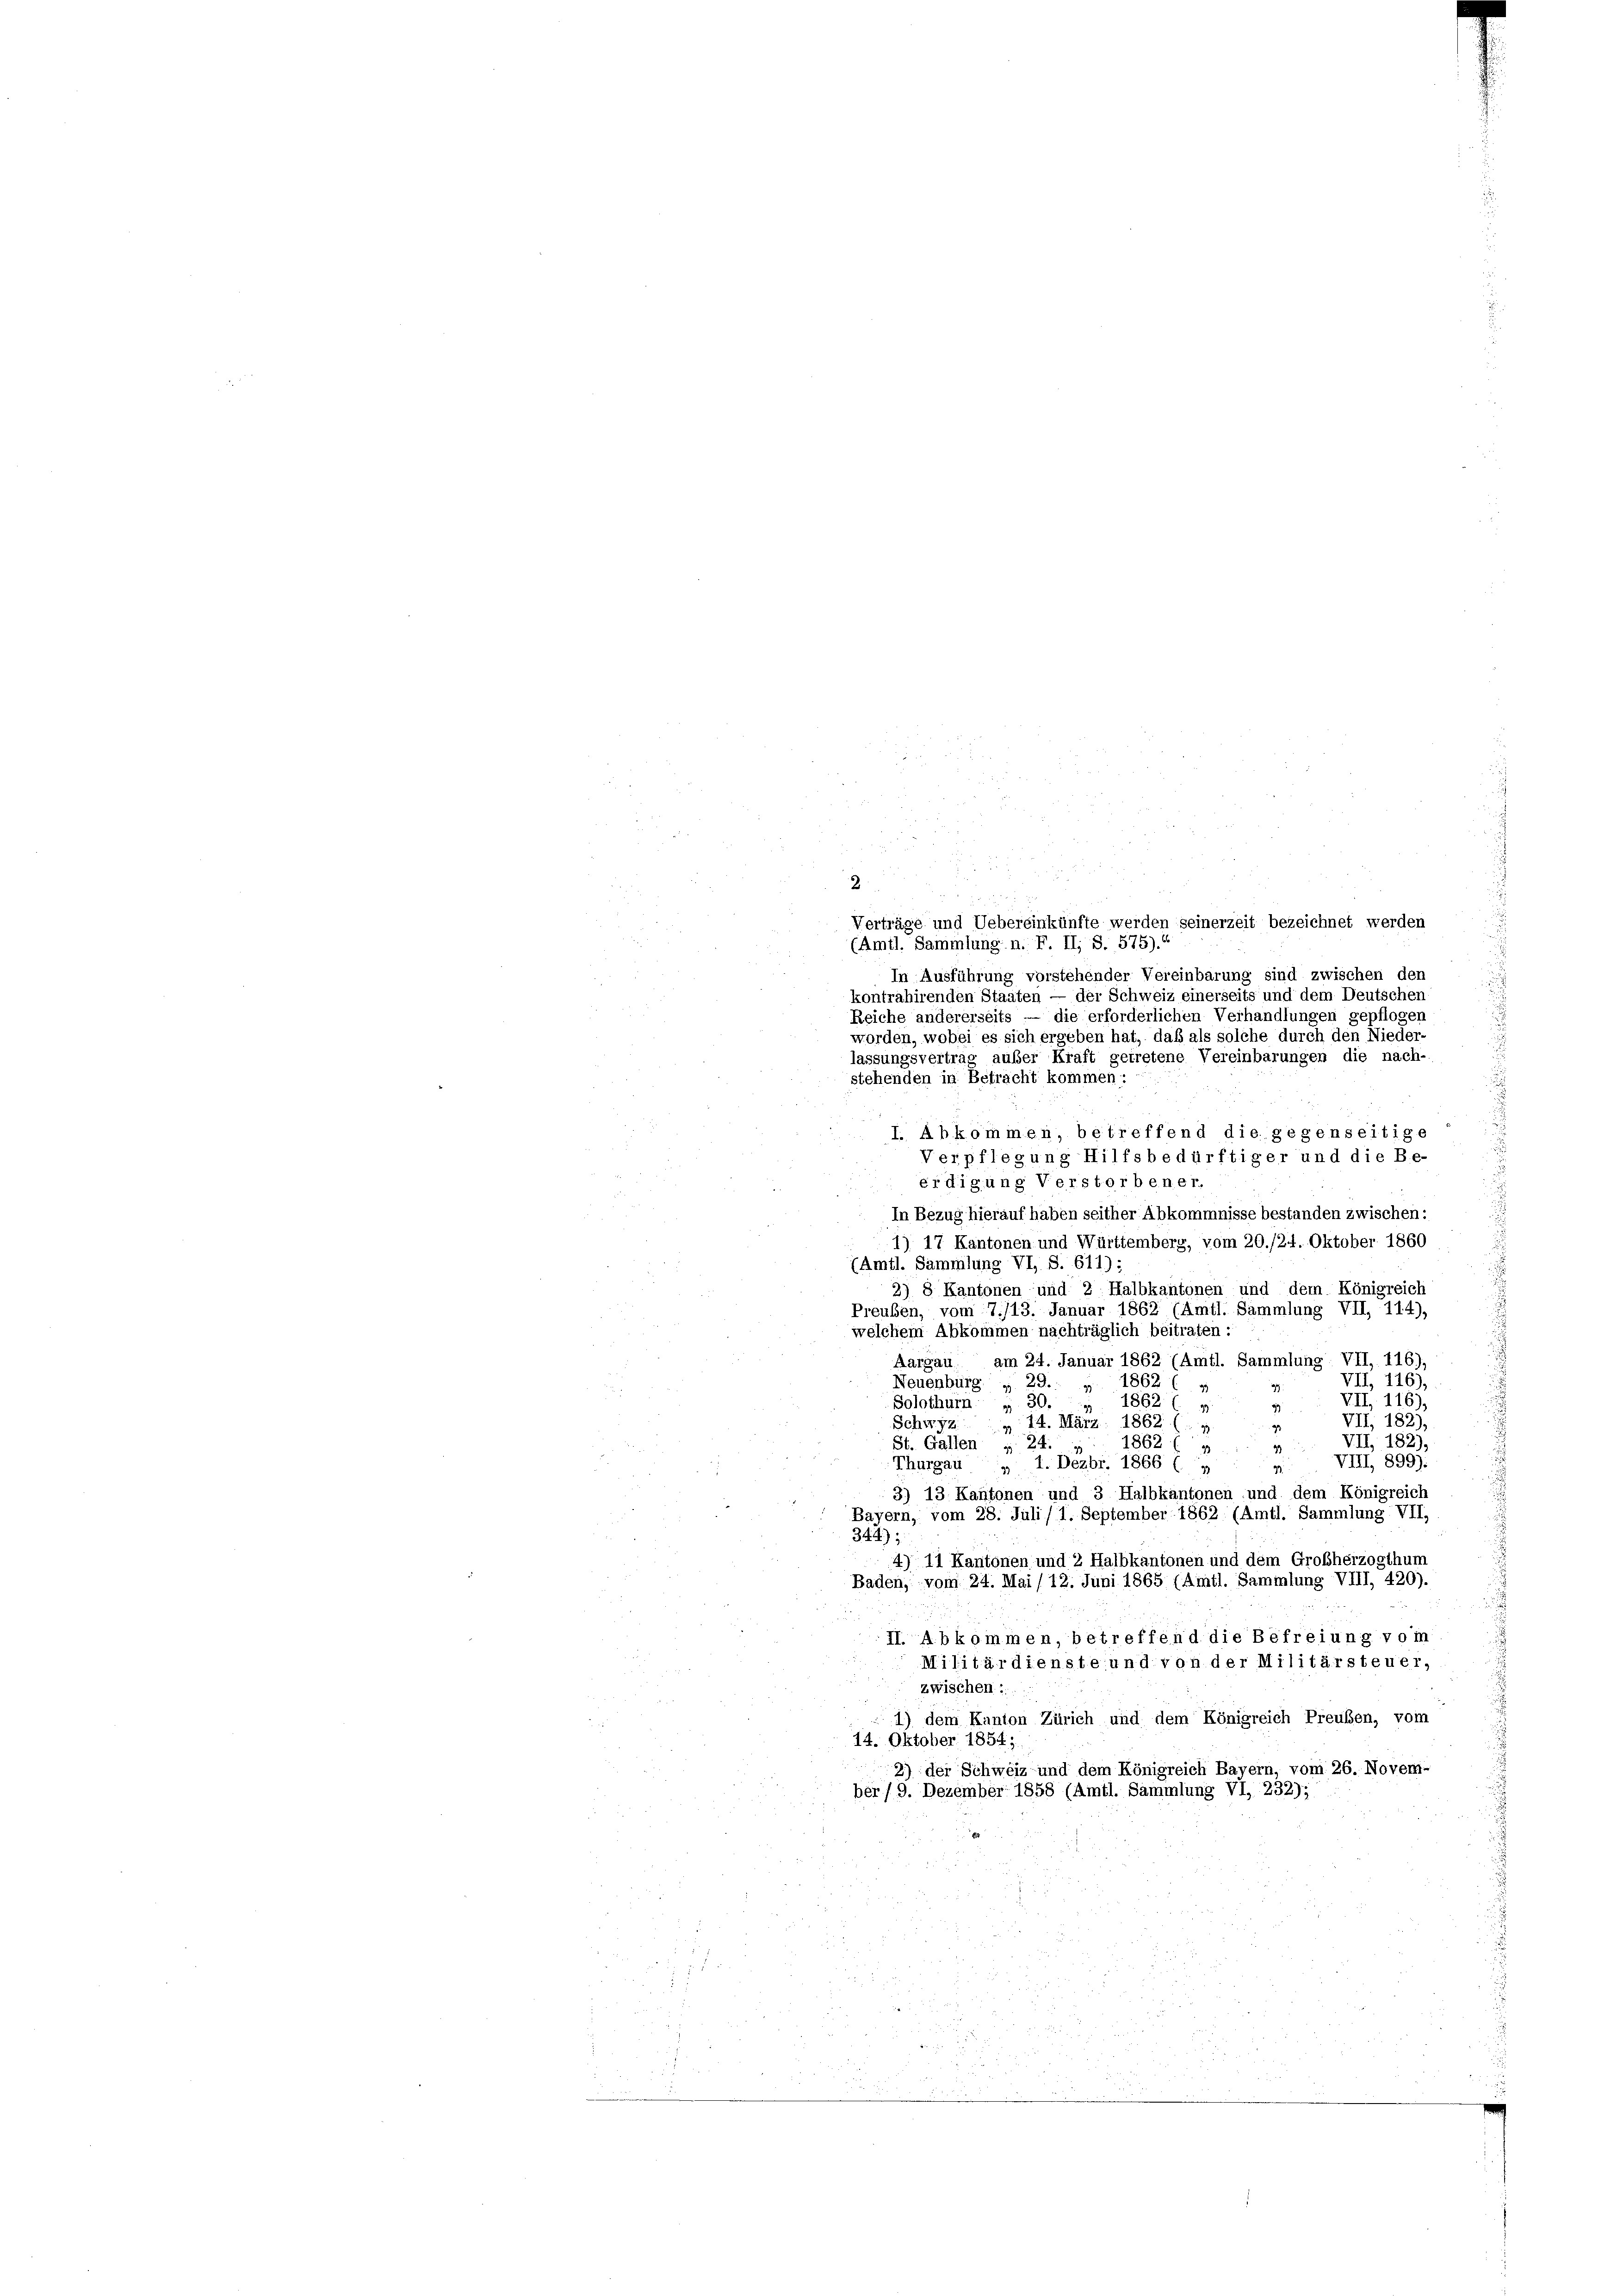
r
i
u
2
 § 78 f 8 x
Verträge und Uebereinkünfte werden seinerzeit bezeichnet werden
(Amtl. Sammlung n. F. II, S. 575).“
In Ausführung vorstehender Vereinbarung sind zwischen den
kontrahirenden Staaten — der Schweiz einerseits und dem Deutschen
Reiche andererseits — die erforderlichen Verhandlungen gepflogen
worden, wobei es sich ergeben hat, daß als solche durch den Nieder-
lassungsvertrag außer Kraft getretene Vereinbarungen die nach-
stehenden in Betracht kommen:
I. Abkommen, betreffend die gegenseitige
Verpflegung Hilfsbedürftiger und die Be-
erdigung Verstorbener.
In Bezug hierauf haben seither Abkommnisse bestanden zwischen:
1) 17 Kantonen und Württemberg, vom 20./24. Oktober 1860
(Amtl. Sammlung VI, S. 611);
2) 8 Kantonen und 2 Halbkantonen und dem Königreich
Preuben, vom 7./13. Januar 1862 (Amtl. Sammlung VII, 114),
welchem Abkommen nachträglich beitraten :
Aargau, am 24. Januar 1862 (Amtl. Sammlung. VII, 116),
VII, 116),
Neuenburg. „ 29. „ 1862
99
VII, 116),
Solothurn , 30. „ 1862 ( »
9
VII, 1827
Schwyz 14. März 1862 (1
VII, 182),
St. Gallen » 24. : : 1862 ( »
VIII, 899):
Thurgau „ 1. Dezbr. 1866 (1
9
3) 13 Kantonen und 3 Halbkantonen und dem Königreich
Bayern, vom 28. Juli/ 1. September 1862. (Amtl. Sammlung VII,
344);
4) 11 Kantonen und 2 Halbkantonen und dem Großherzogthun
Baden, vom 24. Mai/12. Juni 1865 (Amtl. Sammlung VIII, 420).
II. Abkommen, betreffend die Befreiung vom
Militärdienste und von der Militärsteuer,
zwischen ...
1) dem Kanton Zürich und dem Königreich Preuben, vom
14. Oktober 1854;
2) der Schweiz und dem Königreich Bayern, vom 26. Novem-
ber/9. Dezember 1858 (Amtl. Sammlung VI, 232);